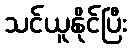
သင်ယူနိုင်ပြီး